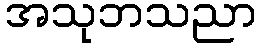
အသုဘသညာ